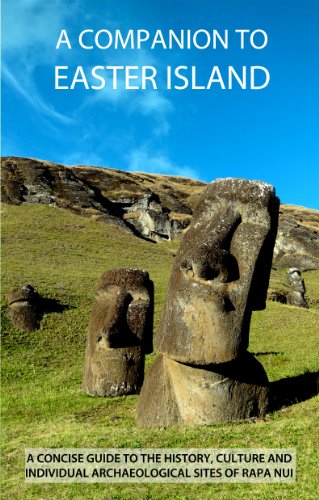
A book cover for A Companion To Easter Island (Guide To Rapa Nui); James Grant Peterkin; Travel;